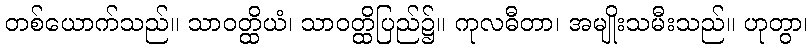
တစ်ယောက်သည်။ သာဝတ္ထိယံ၊ သာဝတ္ထိပြည်၌။ ကုလဓီတာ၊ အမျိုးသမီးသည်။ ဟုတွာ၊